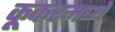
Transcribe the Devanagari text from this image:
कूकरमध्ये